Report of the Indian Hemp Drugs Commission, 1894-1895 - Volume IV
Year: 1894
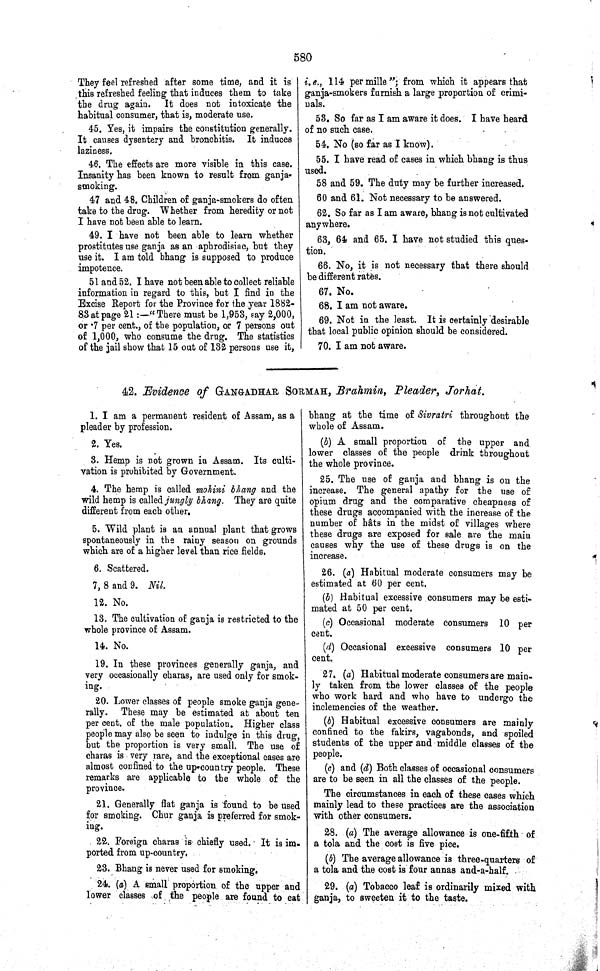
580
They feel refreshed after some time, and it is
this refreshed feeling that induces them to take
the drug again. It does not intoxicate the
habitual consumer, that is, moderate use.
45. Yes, it impairs the constitution generally.
It causes dysentery and bronchitis. It induces
laziness.
46. The effects are more visible in this case.
Insanity has been known to result from ganja-
smoking.
47 and 48. Children of ganja-smokers do often
take to the drug. Whether from heredity or not
I have not been able to learn.
49. I have not been able to learn whether
prostitutes use ganja as an aphrodisiac, but they
use it. I am told bhang is supposed to produce
impotence.
51 and 52. I have not been able to collect reliable
information in regard to this, but I find in the
Excise Report for the Province for the year 1882-
83 at page 21:—"There must be 1,953, say 2,000,
or .7 per cent., of the population, or 7 persons out
of 1,000, who consume the drug. The statistics
of the jail show that 15 out of 132 persons use it,
i.e., 114 per mille"; from which it appears that
ganja-smokers furnish a large proportion of crimi-
nals.
53. So far as I am aware it does. I have heard
of no such case.
54. No (so far as I know).
55. I have read of cases in which bhang is thus
used.
58 and 59. The duty may be further increased.
60 and 61. Not necessary to be answered.
62. So far as I am aware, bhang is not cultivated
anywhere.
63, 64 and 65. I have not studied this ques-
tion.
66. No, it is not necessary that there should
be different rates.
67. No.
68. I am not aware.
69. Not in the least. It is certainly desirable
that local public opinion should be considered.
70. I am not aware.
42. Evidence of GANGADHAR SORMAH, Brahmin, Pleader, Jorhat.
1. I am a permanent resident of Assam, as a
pleader by profession.
2. Yes.
3. Hemp is not grown in Assam. Its culti-
vation is prohibited by Government.
4. The hemp is called mohini bhang and the
wild hemp is called jungly bhang. They are quite
different from each other.
5. Wild plant is an annual plant that grows
spontaneously in the rainy season on grounds
which are of a higher level than rice fields.
6. Scattered.
7, 8 and 9. Nil.
12. No.
13. The cultivation of ganja is restricted to the
whole province of Assam.
14. No.
19. In these provinces generally ganja, and
very occasionally charas, are used only for smok-
ing.
20. Lower classes of people smoke ganja gene-
rally. These may be estimated at about ten
per cent. of the male population. Higher class
people may also be seen to indulge in this drug,
but the proportion is very small. The use of
charas is very rare, and the exceptional cases are
almost confined to the up-country people. These
remarks are applicable to the whole of the
province.
21. Generally flat ganja is found to be used
for smoking. Chur ganja is preferred for smok-
ing.
22. Foreign charas is chiefly used. It is im-
ported from up-country.
23. Bhang is never used for smoking.
24. (a) A small proportion of the upper and
lower classes of the people are found to eat
bhang at the time of Sivratri throughout the
whole of Assam.
(b) A small proportion of the upper and
lower classes of the people drink throughout
the whole province.
25. The use of ganja and bhang is on the
increase. The general apathy for the use of
opium drug and the comparative cheapness of
these drugs accompanied with the increase of the
number of hâts in the midst of villages where
these drugs are exposed for sale are the main
causes why the use of these drugs is on the
increase.
26. (a) Habitual moderate consumers may be
estimated at 60 per cent.
(b) Habitual excessive consumers may be esti-
mated at 50 per cent.
(c) Occasional moderate consumers 10 per
cent.
(d) Occasional excessive consumers 10 per
cent.
27. (a) Habitual moderate consumers are main-
ly taken from the lower classes of the people
who work hard and who have to undergo the
inclemencies of the weather.
(b) Habitual excessive consumers are mainly
confined to the fakirs, vagabonds, and spoiled
students of the upper and middle classes of the
people.
(c) and (d) Both classes of occasional consumers
are to be seen in all the classes of the people.
The circumstances in each of these cases which
mainly lead to these practices are the association
with other consumers.
28. (a) The average allowance is one-fifth of
a tola and the cost is five pice.
(b) The average allowance is three-quarters of
a tola and the cost is four annas and-a-half.
29. (a) Tobacco leaf is ordinarily mixed with
ganja, to sweeten it to the taste.